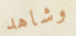
وشاهد